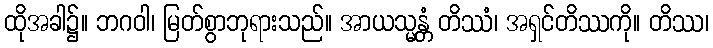
ထိုအခါ၌။ ဘဂဝါ၊ မြတ်စွာဘုရားသည်။ အာယသ္မန္တံ တိဿံ၊ အရှင်တိဿကို။ တိဿ၊